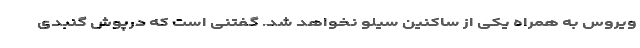
ویروس به همراه یکی از ساکنین سیلو نخواهد شد. گفتنی است که درپوش گنبدی